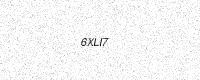
Text: 6XLI7